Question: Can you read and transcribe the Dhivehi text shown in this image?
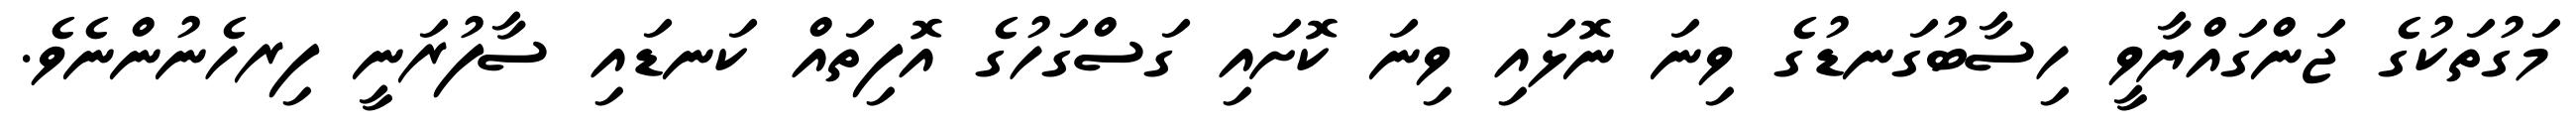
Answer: މަގުތަކުގެ ޖަންގައްޔާވީ ހިސާބުގަނޑުގެ ވިނަ ނޮޅައި ވިނަ ކޮށައި ގަސްގަހުގެ އޮފިތައް ކަނޑައި ސާފުރަނީ ފިރހެނުންނެވެ.